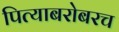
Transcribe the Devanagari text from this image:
पित्याबरोबरच